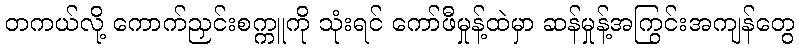
တကယ်လို့ ကောက်ညှင်းစက္ကူကို သုံးရင် ကော်ဖီမှုန့်ထဲမှာ ဆန်မှုန့်အကြွင်းအကျန်တွေ